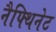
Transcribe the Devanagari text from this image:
नैफ्थिनेट